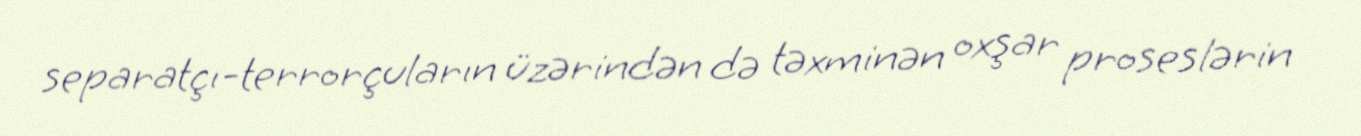
separatçı-terrorçuların üzərindən də təxminən oxşar proseslərin